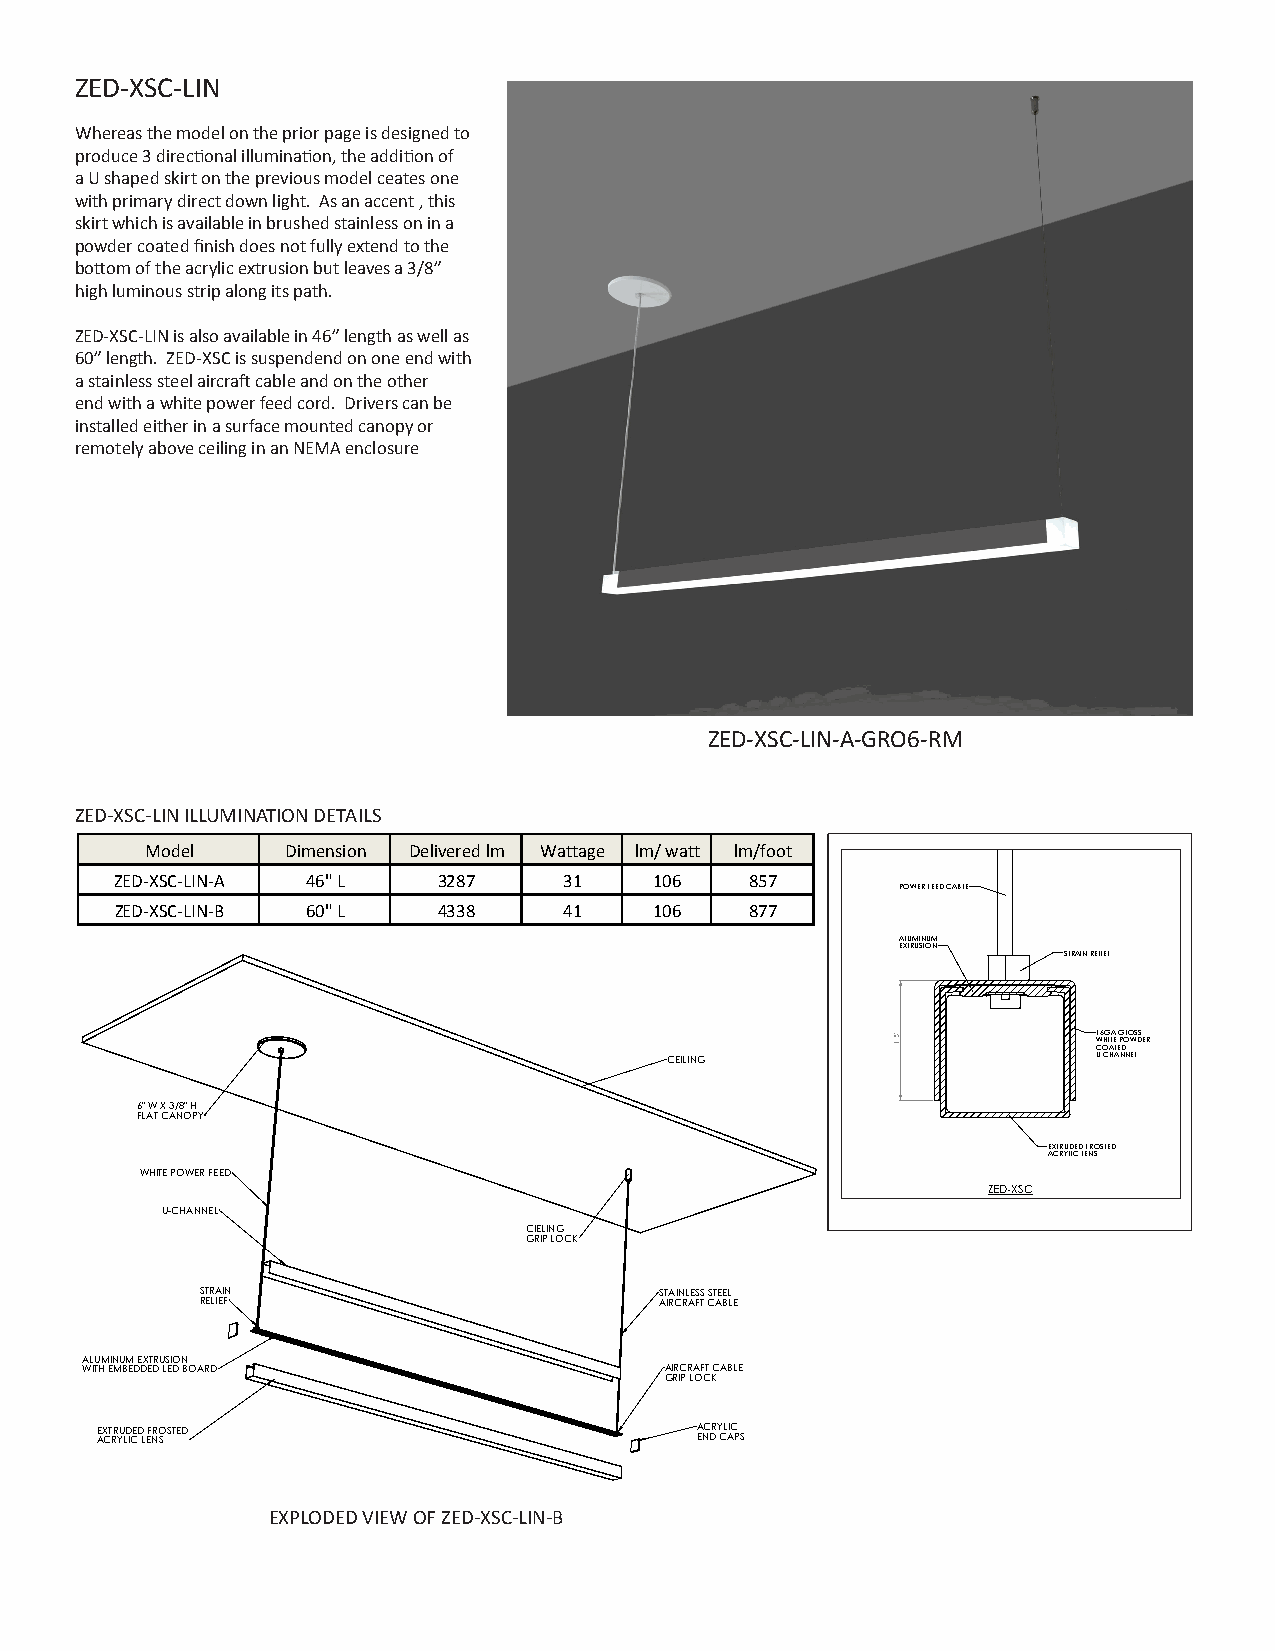
ZED-XSC-LIN
 Whereas the model on the prior page is designed to
 produce 3 directional illumination, the addition of
 a U shaped skirt on the previous model ceates one
 with primary direct down light. As an accent , this
 skirt which is available in brushed stainless on in a
 A
 powder coated finish does not fully extend to the
 bottom of the acrylic extrusion but leaves a 3/8”
 A
 high luminous strip along its path.
 ZED-XSC-LIN is also available in 46” length as well as
 60” length. ZED-XSC is suspendend on one end with
 a stainless steel aircraft cable and on the other
 end with a white power feed cord. Drivers can be
 installed either in a surface mounted canopy or
 remotely above ceiling in an NEMA enclosure
 ZED-XSC-LIN-A-GRO6-RM
 ZED-XSC-LIN ILLUMINATION DETAILS
 Model    Dimension Delivered lm Wattage lm/ watt lm/foot
 ZED-XSC-LIN-A 46" L  3287    31    106    857
 POWER FEED CABLE
 ZED-XSC-LIN-B 60" L  4338    41    106    877
 ALUMINUM
 EXTRUSION
 STRAIN RELIEF
 16GA GLOSS WHITE POWDER
 COATED
 CEILING                      U CHANNEL
 6" W X 3/8" H
 FLAT CANOPY
 EXTRUDED FROSTED
 ACRYLIC LENS
 S SE CC ATIO LEN 2 A : - 1A WHITE POWER FEED
 ZED-XSC
 U-CHANNEL
 CIELING
 GRIP LOCK
 STRAIN                         STAINLESS STEEL
 RELIEF                         AIRCRAFT CABLE
 ALUMINUM EXTRUSION
 WITH EMBEDDED LED BOARD                AIRCRAFT CABLE
 GRIP LOCK
 E AX CT RR YU LD ICED L EF NRO SSTED    A ENC DR Y CL AIC P S
 ZED-XSC
 EXPLODED VIEW OF ZED-XSC-LIN-B
 "5.1